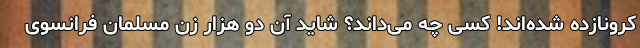
کرونازده شده‌اند! کسی چه می‌داند؟ شاید آن دو هزار زن مسلمان فرانسوی